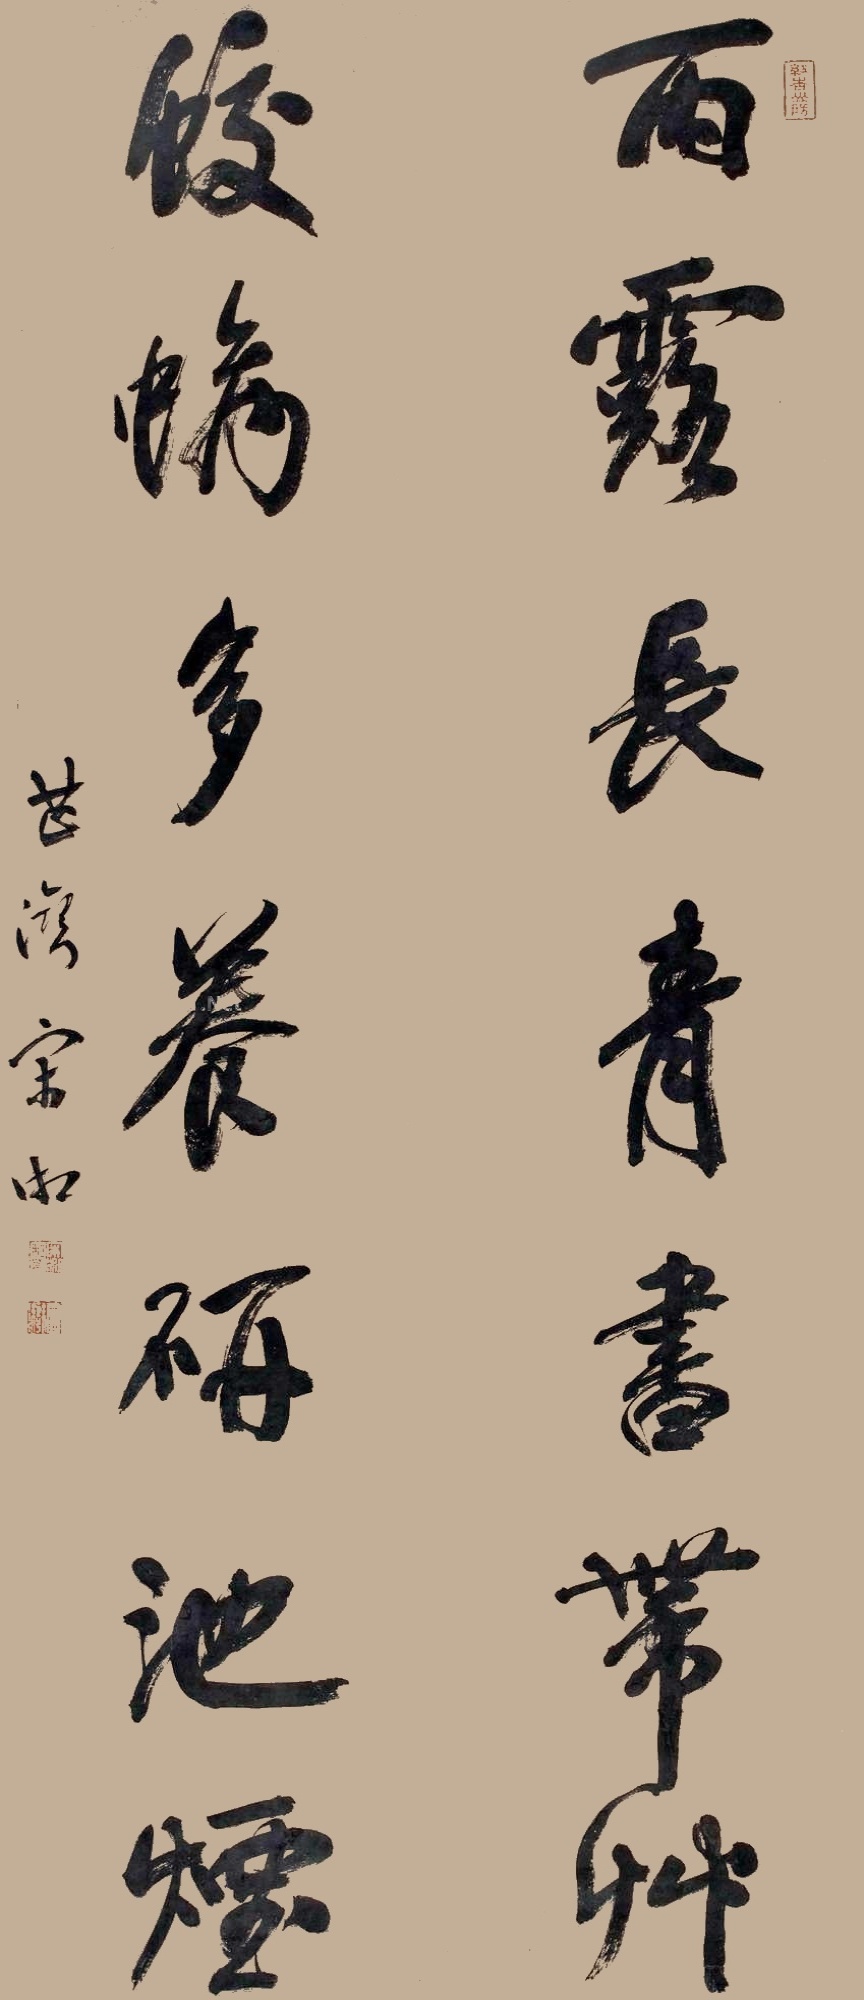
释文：雨露长青书带草，蛟螭多养研池烟。芷湾宋湘。